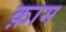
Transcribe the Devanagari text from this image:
क़ाम